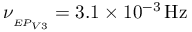
\nu _ { _ { E P _ { V 3 } } } = 3 . 1 \times 1 0 ^ { - 3 } \, \mathrm { { H z } }